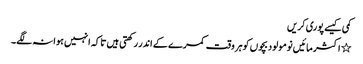
کمی کیسے پوری کریں
٭ اکثر مائیں نومولود بچوں کوہر وقت کمرے کے اندر رکھتی ہیں تاکہ انہیں ہوا نہ لگے۔